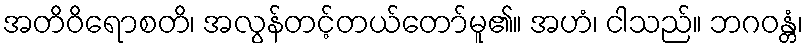
အတိဝိရောစတိ၊ အလွန်တင့်တယ်တော်မူ၏။ အဟံ၊ ငါသည်။ ဘဂဝန္တံ၊